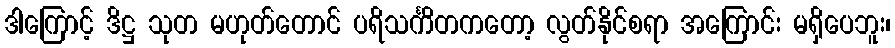
ဒါကြောင့် ဒိဋ္ဌ သုတ မဟုတ်တောင် ပရိသင်္ကိတကတော့ လွတ်နိုင်စရာ အကြောင်း မရှိပေဘူး၊